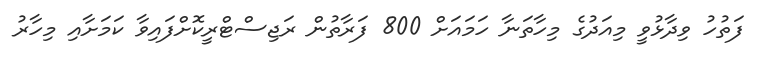
ފަތުހު ވިދާޅުވީ މިއަދުގެ މިހާތަނާ ހަމައަށް 800 ފަރާތުން ރަޖިސްޓްރީކޮށްފައިވާ ކަމަށާއި މިހާރު